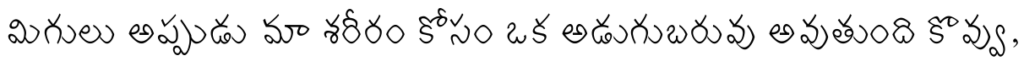
మిగులు అప్పుడు మా శరీరం కోసం ఒక అడుగుబరువు అవుతుంది కొవ్వు,